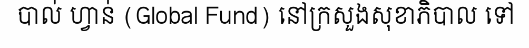
បាល់ ហ្វាន់ (Global Fund) នៅក្រសួងសុខាភិបាល ទៅ